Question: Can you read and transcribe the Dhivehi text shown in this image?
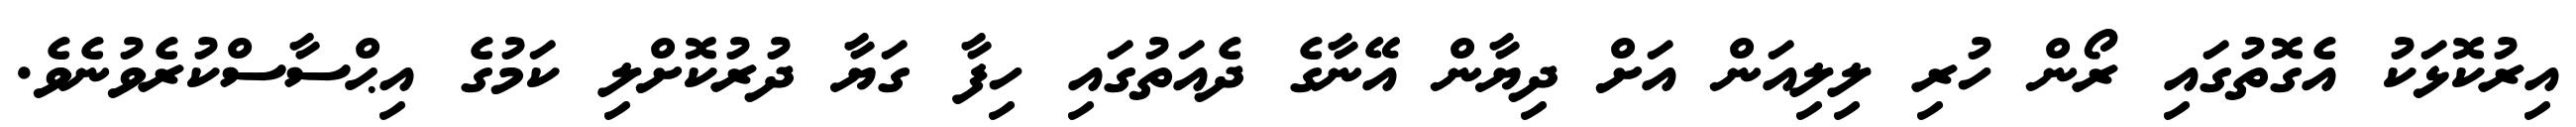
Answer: އިރުކޮޅަކު އެގޮތުގައި ރޯން ހުރި ލިލިއަން އަށް ދިޔާން އޭނާގެ ދެއަތުގައި ހިފާ ގަޔާ ދުރުކޮށްލި ކަމުގެ އިޙްސާސްކުރެވުނެވެ.